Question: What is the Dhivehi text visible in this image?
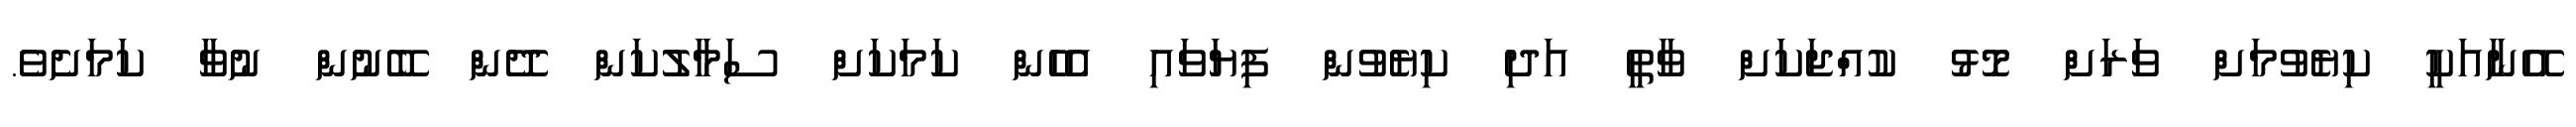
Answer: އޭނާއަކީ ކިޔެވުމަށް ވަރަށް މޮޅު ކުއްޖަކަށް ވާތީ އަދި ކިޔެވުން ފިޔަވައި އެހެން ކަމަކަށް ސަމާލުކަން ދޭން ބޭނުން ނުވާ ކަމަށެވެ.